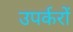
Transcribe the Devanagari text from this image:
उपर्करों